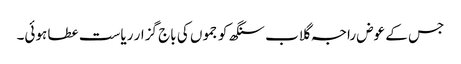
جس کے عوض راجہ گلاب سنگھ کو جموں کی باج گزار ریاست عطا ہوئی۔